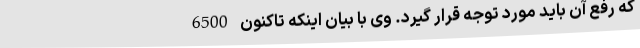
که رفع آن باید مورد توجه قرار گیرد. وی با بیان اینکه تاکنون 6500